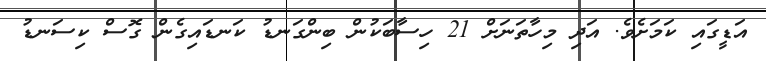
އަޑީގައި ކަމަށެވެ. އަދި މިހާތަނަށް 21 ހިސާބަކުން ބިންގަނޑު ކަނޑައިގެން ގޮސް ކިސަނޑު